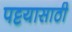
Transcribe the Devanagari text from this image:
पट्टयासाठी